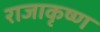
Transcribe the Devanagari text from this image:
राजाकृष्ण